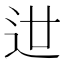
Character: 𨑬